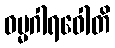
ဓမ္မဂါရဝေါတိ